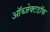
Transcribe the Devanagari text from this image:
ऑब्जेक्टडॉक